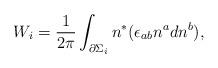
LaTeX: \begin{align*}W_i=\frac 1{2\pi }\int_{\partial \Sigma _i}n^{*}(\epsilon_{ab}n^adn^b),\end{align*}